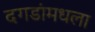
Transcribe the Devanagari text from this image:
दगडांमधला